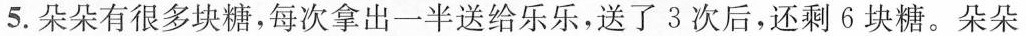
5.朵朵有很多块糖，每次拿出一半送给乐乐，送了3次后，还剩6块糖。朵朵